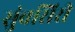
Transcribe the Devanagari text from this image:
सुंवसिरी